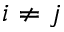
i \neq j